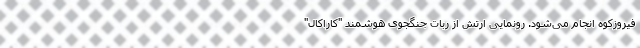
فیروزکوه انجام می‌شود. رونمایی ارتش از ربات جنگجوی هوشمند "کاراکال"